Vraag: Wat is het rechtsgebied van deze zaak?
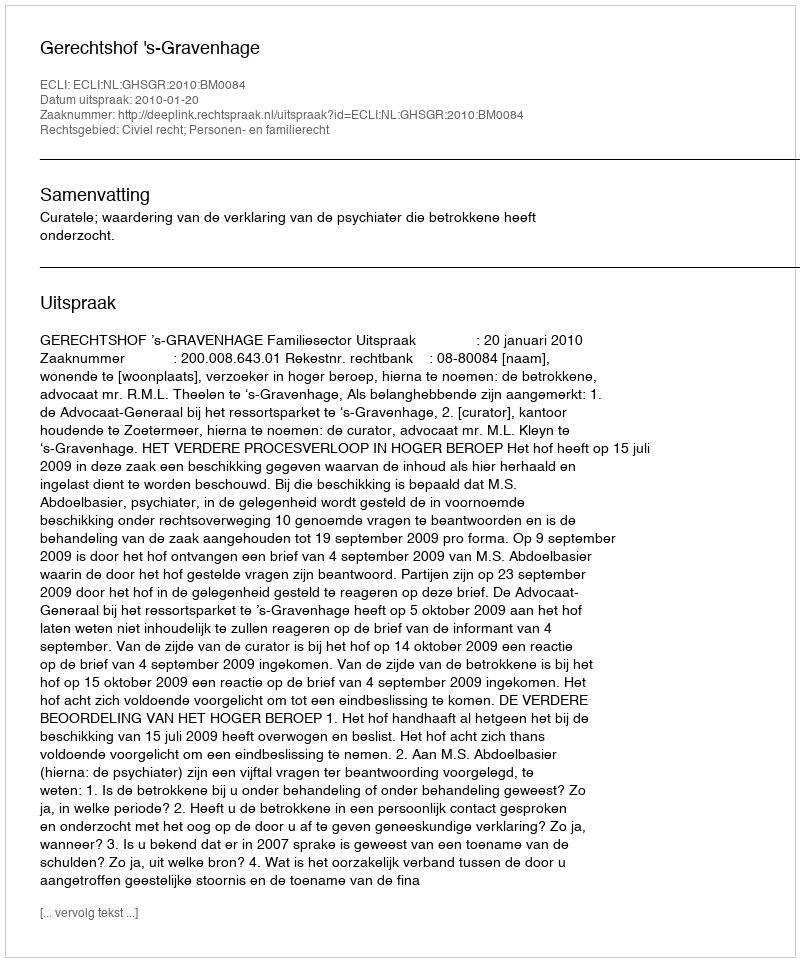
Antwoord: Civiel recht; Personen- en familierecht